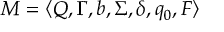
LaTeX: M = \langle Q , \Gamma , b , \Sigma , \delta , q _ { 0 } , F \rangle